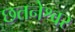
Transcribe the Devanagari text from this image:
छतनेश्वर